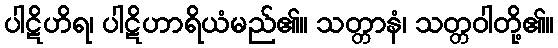
ပါဋိဟိရ၊ ပါဋိဟာရိယံမည်၏။ သတ္တာနံ၊ သတ္တဝါတို့၏။